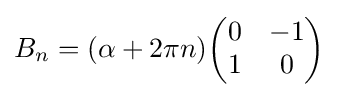
B_{n}=(\alpha +2\pi n){\begin{pmatrix}0&-1\\1&0\\\end{pmatrix}}